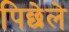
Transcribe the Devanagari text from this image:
पिछेले